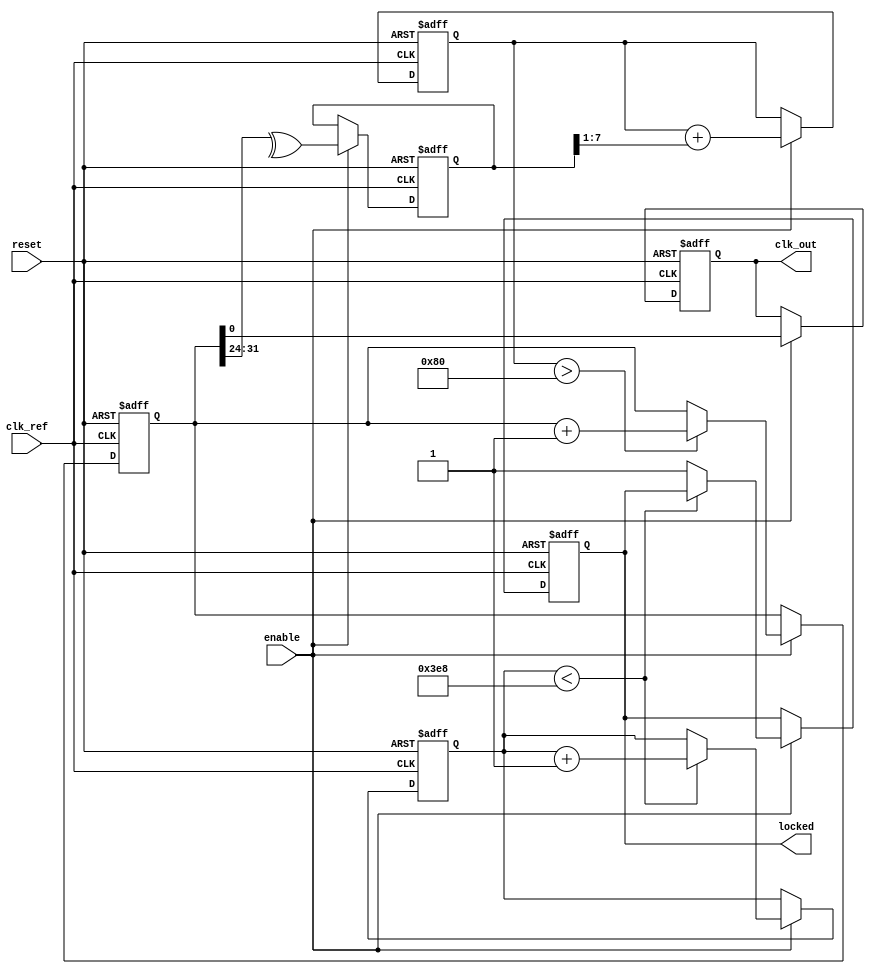
module parameterized_PLL #(
    parameter F_ref = 50_000_000, // Reference frequency in Hz
    parameter F_out = 100_000_000, // Desired output frequency in Hz
    parameter PHASE_RESOLUTION = 8, // Phase resolution (bits)
    parameter LOCK_TIME = 1000, // Lock time in clock cycles
    parameter LOOP_BANDWIDTH = 100 // Loop bandwidth in Hz
)(
    input wire clk_ref, // Reference clock signal
    input wire reset,   // Asynchronous reset
    input wire enable,  // Enable signal
    output reg clk_out, // Output clock signal
    output reg locked   // Locked status signal
);

    // Internal signals
    reg [PHASE_RESOLUTION-1:0] phase_error; // Phase error from phase detector
    reg [PHASE_RESOLUTION-1:0] control_voltage; // Control voltage for VCO
    reg [31:0] vco_count; // VCO count
    reg [31:0] lock_counter; // Lock counter

    // Phase Detector (PD)
    always @(posedge clk_ref or posedge reset) begin
        if (reset) begin
            phase_error <= 0;
        end else if (enable) begin
            // Example phase error calculation (simplified)
            // In practice, this will require more complex phase comparison logic
            phase_error <= (vco_count[31:32-PHASE_RESOLUTION] ^ clk_out[31:32-PHASE_RESOLUTION]);
        end
    end

    // Loop Filter (LF)
    always @(posedge clk_ref or posedge reset) begin
        if (reset) begin
            control_voltage <= 0;
        end else if (enable) begin
            // Simple proportional control for the loop filter
            control_voltage <= control_voltage + (phase_error >> 1); // Adjust based on phase error
        end
    end

    // Voltage-Controlled Oscillator (VCO)
    always @(posedge clk_ref or posedge reset) begin
        if (reset) begin
            vco_count <= 0;
            clk_out <= 0;
            locked <= 0;
            lock_counter <= 0;
        end else if (enable) begin
            // VCO frequency control based on control voltage
            if (control_voltage > (1 << (PHASE_RESOLUTION - 1))) begin
                vco_count <= vco_count + 1;
            end
            clk_out <= vco_count[0]; // Output clock signal from VCO
            
            // Lock detection logic
            if (lock_counter < LOCK_TIME) begin
                lock_counter <= lock_counter + 1;
            end else begin
                locked <= 1; // Assert locked signal after lock time
            end
        end
    end

endmodule